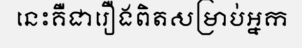
នេះគឺជារឿងពិតសម្រាប់អ្នក